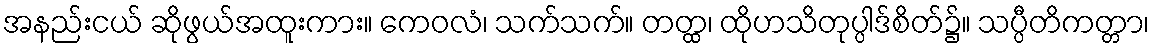
အနည်းငယ် ဆိုဖွယ်အထူးကား။ ကေဝလံ၊ သက်သက်။ တတ္ထ၊ ထိုဟသိတုပ္ပါဒ်စိတ်၌။ သပ္ပီတိကတ္တာ၊